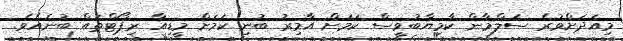
މިއަދަށްވުރެ ސަލްމާން ކާމިޔާބުވީސް ކަމަށް އާމިރު ބުނި ކަމަށް މީޑިއާ ރިޕޯޓްތައް ބުނެއެވެ.